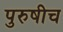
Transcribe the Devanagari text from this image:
पुरुषीच